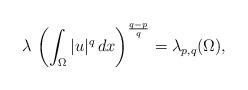
LaTeX: \begin{align*}\lambda\, \left(\int_\Omega |u|^q\, dx\right)^\frac{q-p}{q}=\lambda_{p,q}(\Omega),\end{align*}